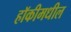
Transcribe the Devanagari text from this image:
हॉकीमधील